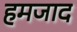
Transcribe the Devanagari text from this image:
हमजाद